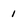
Character: 1